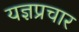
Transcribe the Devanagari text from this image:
यज्ञप्रचार